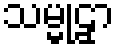
သမ္မုဠှာ